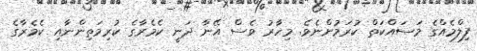
ފިލްމެއްގެ މަސައްކަތް ކުރަމުންނެވެ. މިހާރު ވެސް އޭނާ ދަނީ ކެމެރާގެ ކުރިމަތިންނާއި ކެމެރާގެ